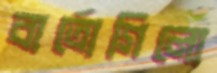
বার্তোগিলো